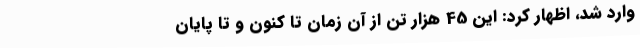
وارد شد، اظهار کرد: این 45 هزار تن از آن زمان تا کنون و تا پایان